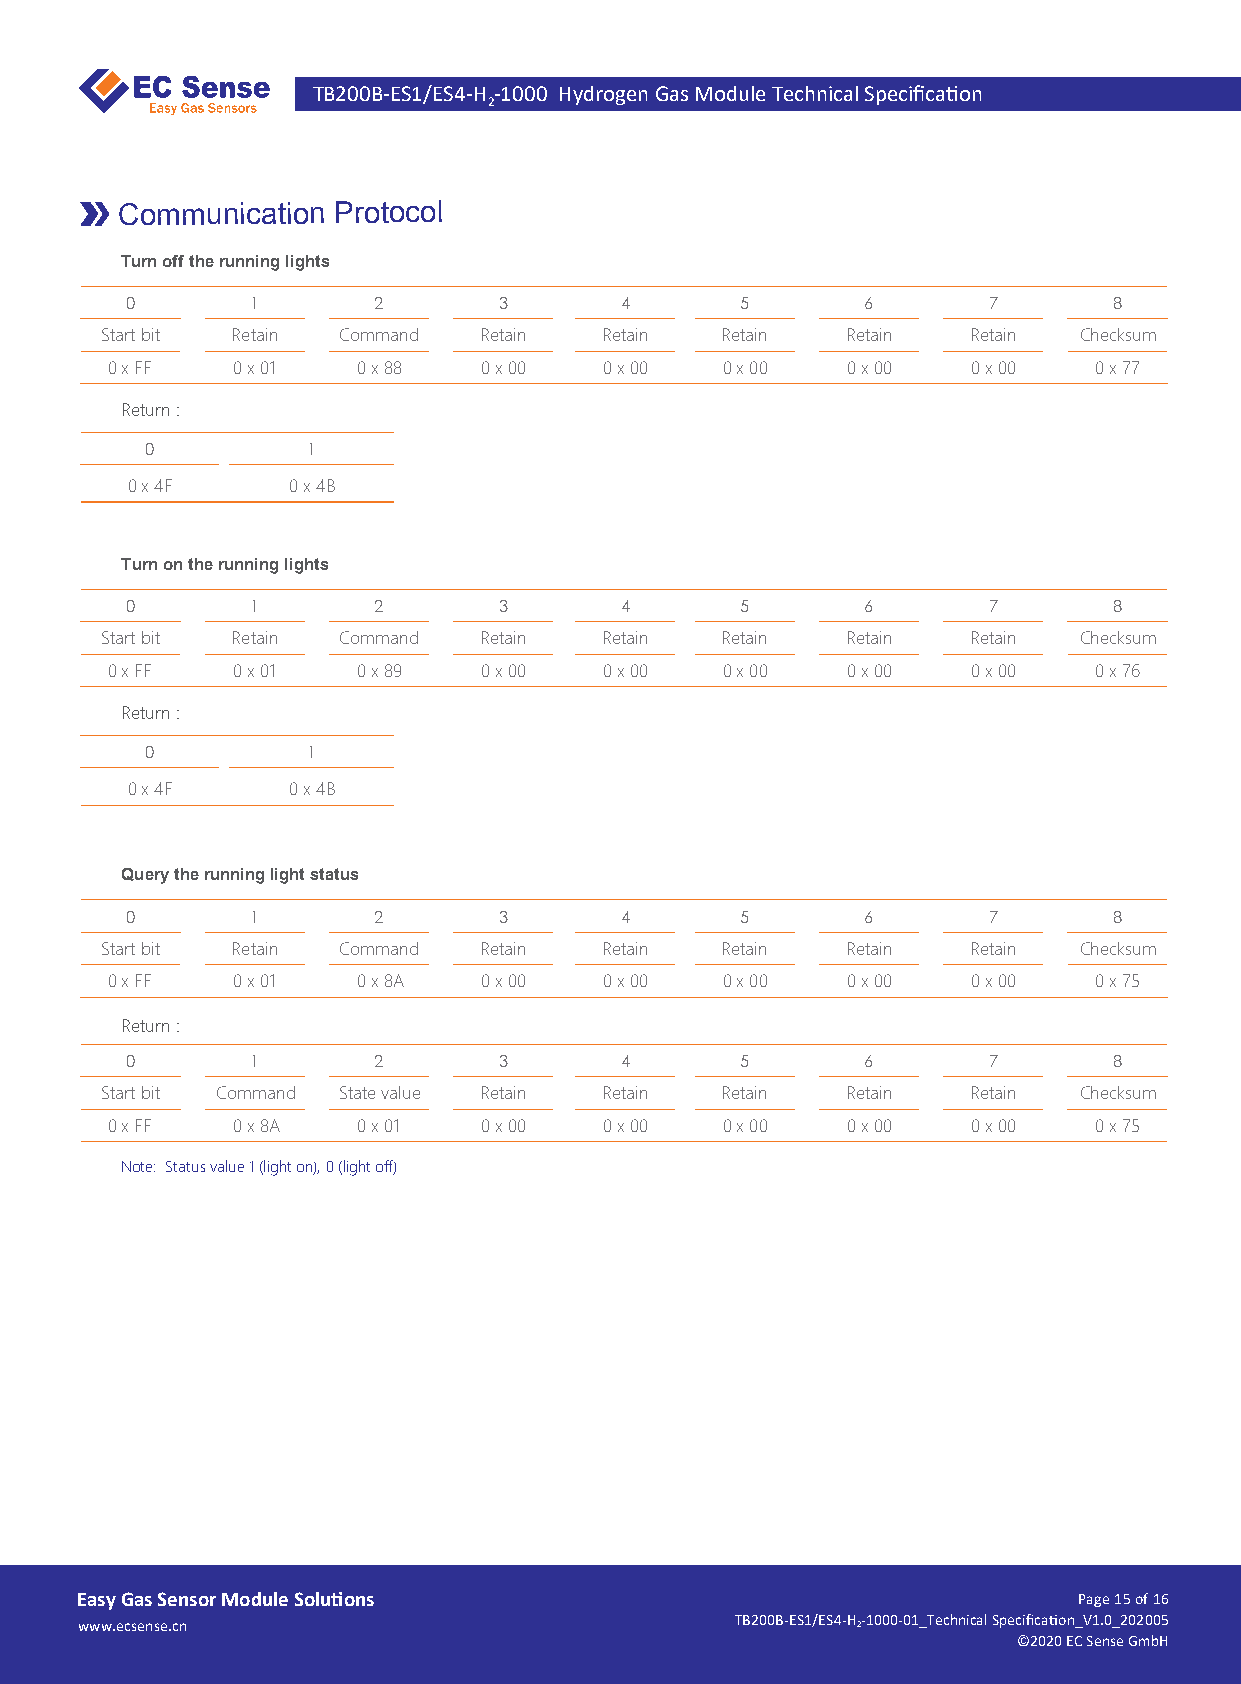
TB200B-ES1/ES4-H -1000 Hydrogen Gas Module Technical Specifica�on
 2
 Communication Protocol
 Turn off the running lights
 0        1       2       3       4       5       6       7        8
 Start bit Retain Command Retain  Retain  Retain  Retain  Retain Checksum
 0 x FF  0 x 01   0 x 88  0 x 00  0 x 00  0 x 00  0 x 00  0 x 00  0 x 77
 Return :
 0         1
 0 x 4F     0 x 4B
 Turn on the running lights
 0        1       2       3       4       5       6       7        8
 Start bit Retain Command Retain  Retain  Retain  Retain  Retain Checksum
 0 x FF  0 x 01   0 x 89  0 x 00  0 x 00  0 x 00  0 x 00  0 x 00  0 x 76
 Return :
 0         1
 0 x 4F     0 x 4B
 Query the running light status
 0        1       2       3       4       5       6       7        8
 Start bit Retain Command Retain  Retain  Retain  Retain  Retain Checksum
 0 x FF  0 x 01   0 x 8A  0 x 00  0 x 00  0 x 00  0 x 00  0 x 00  0 x 75
 Return :
 0        1       2       3       4       5       6       7        8
 Start bit Command State value Retain Retain Retain Retain Retain Checksum
 0 x FF  0 x 8A   0 x 01  0 x 00  0 x 00  0 x 00  0 x 00  0 x 00  0 x 75
 Note: Status value 1 (light on), 0 (light off)
 Easy Gas Sensor Module Solu�ons                                   Page 15 of 16
 www.ecsense.cn                              TB200B-ES1/ES4-H 2-1000-01_Technical Specifica�on_V1.0_202005
 ©2020 EC Sense GmbH